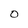
Character: 0